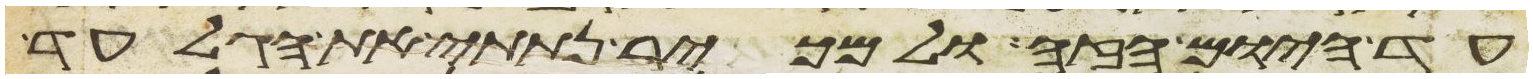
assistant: עד היום הזה ולמכיר נתתי את הגלעד